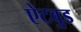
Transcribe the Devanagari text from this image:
ऐटवुड